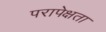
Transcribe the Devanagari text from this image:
परापेक्षता